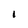
Character: l